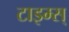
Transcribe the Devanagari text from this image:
टाइम्स्